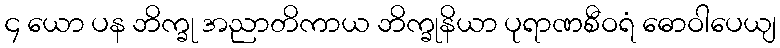
၄ ယော ပန ဘိက္ခု အညာတိကာယ ဘိက္ခုနိယာ ပုရာဏစီဝရံ ဓောဝါပေယျ